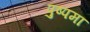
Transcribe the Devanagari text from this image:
पुष्पमा